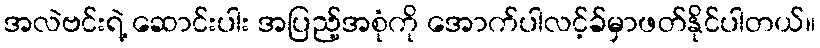
အလဲဗင်းရဲ့ ဆောင်းပါး အပြည့်အစုံကို အောက်ပါလင့်ခ်မှာဖတ်နိုင်ပါတယ်။